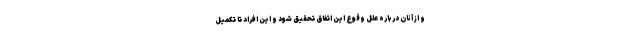
و از آنان درباره علل وقوع این اتفاق تحقیق شود و این افراد تا تکمیل